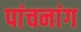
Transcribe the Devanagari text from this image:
पांचनांग